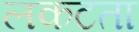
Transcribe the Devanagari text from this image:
लकटता